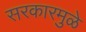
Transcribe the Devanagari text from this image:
सरकारमुळे